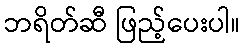
ဘရိတ်ဆီ ဖြည့်ပေးပါ။